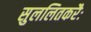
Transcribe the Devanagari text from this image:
सुललितकरैः